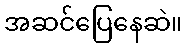
အဆင်ပြေနေဆဲ။